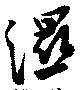
濕